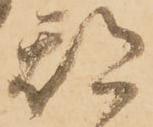
都